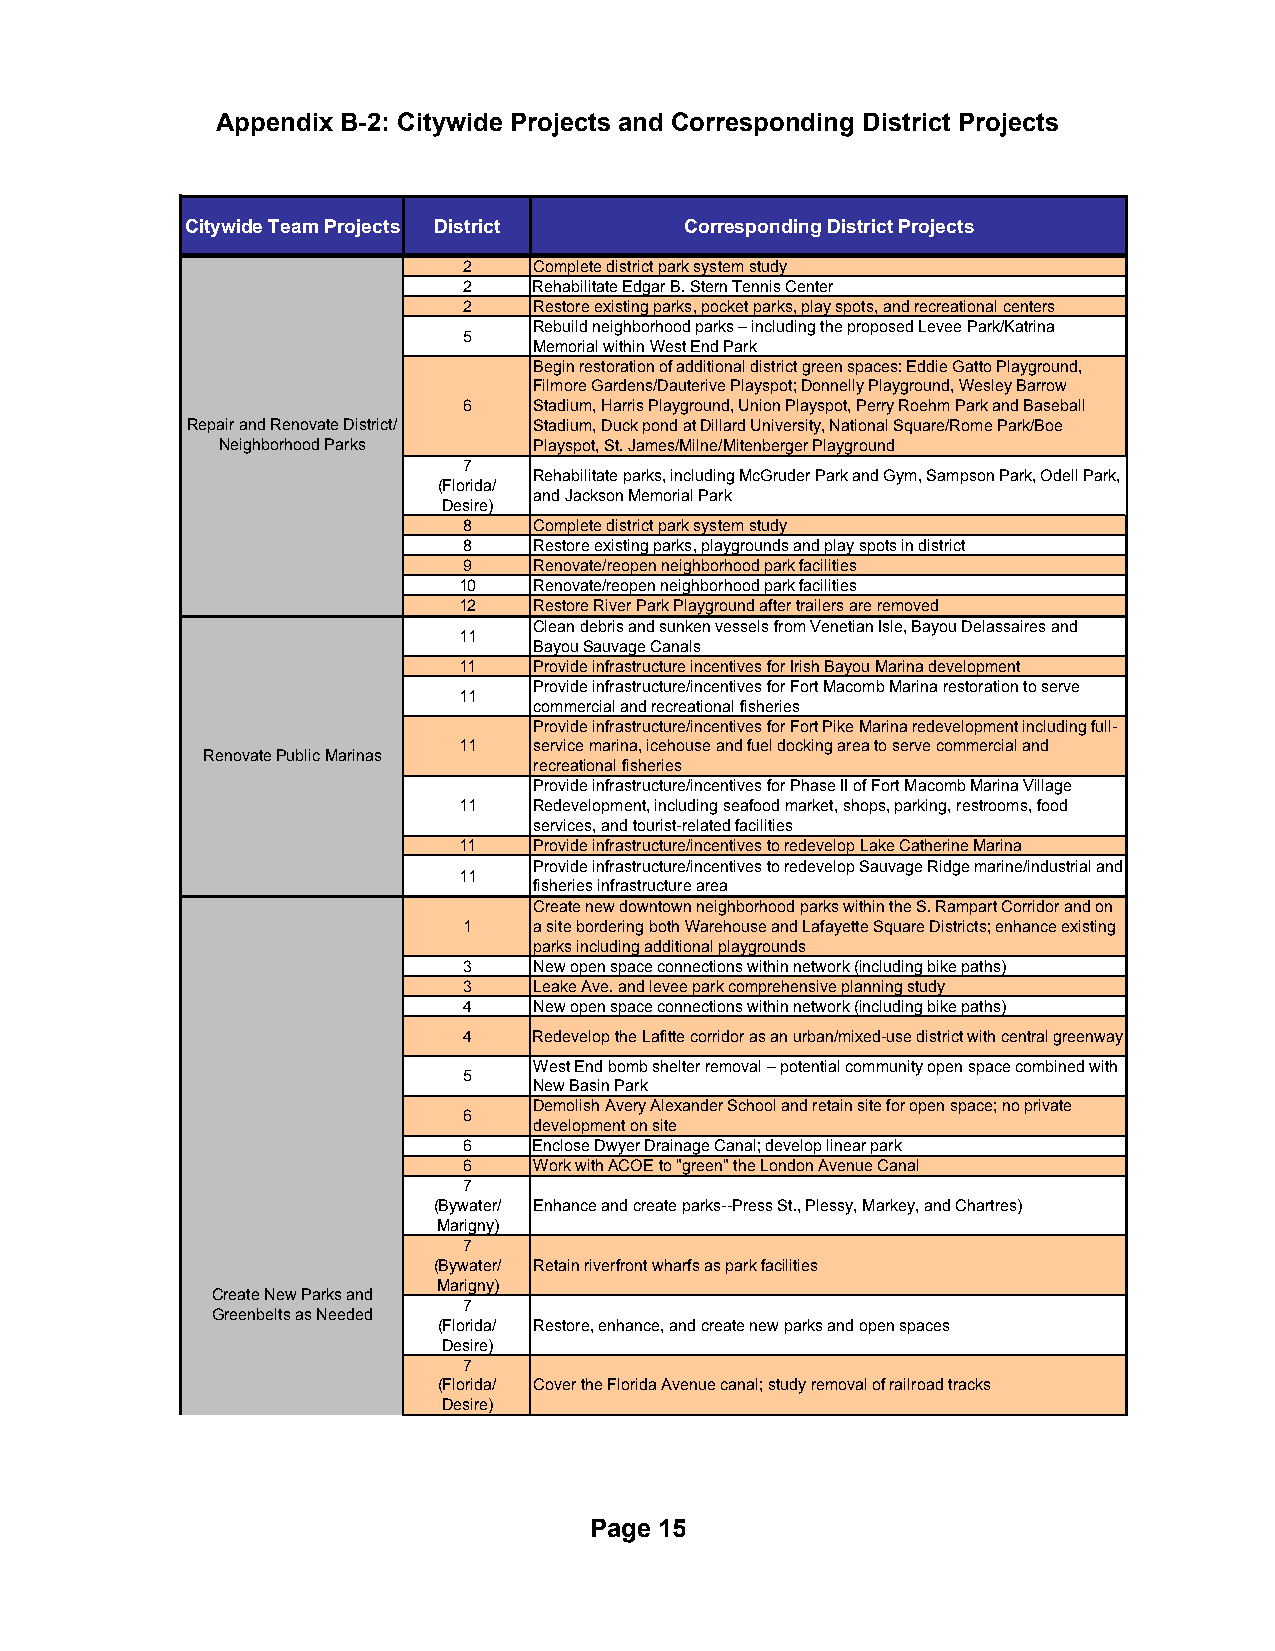
Appendix B-2: Citywide Projects and Corresponding District Projects
 Citywide Team Projects District  Corresponding District Projects
 2   Complete district park system study
 2   Rehabilitate Edgar B. Stern Tennis Center
 2   Restore existing parks, pocket parks, play spots, and recreational centers
 Rebuild neighborhood parks – including the proposed Levee Park/Katrina
 5
 Memorial within West End Park
 Begin restoration of additional district green spaces: Eddie Gatto Playground,
 Filmore Gardens/Dauterive Playspot; Donnelly Playground, Wesley Barrow
 6   Stadium, Harris Playground, Union Playspot, Perry Roehm Park and Baseball
 Repair and Renovate District/ Stadium, Duck pond at Dillard University, National Square/Rome Park/Boe
 Neighborhood Parks  Playspot, St. James/Milne/Mitenberger Playground
 7
 Rehabilitate parks, including McGruder Park and Gym, Sampson Park, Odell Park,
 (Florida/
 and Jackson Memorial Park
 Desire)
 8   Complete district park system study
 8   Restore existing parks, playgrounds and play spots in district
 9   Renovate/reopen neighborhood park facilities
 10   Renovate/reopen neighborhood park facilities
 12   Restore River Park Playground after trailers are removed
 Clean debris and sunken vessels from Venetian Isle, Bayou Delassaires and
 11
 Bayou Sauvage Canals
 11   Provide infrastructure incentives for Irish Bayou Marina development
 Provide infrastructure/incentives for Fort Macomb Marina restoration to serve
 11
 commercial and recreational fisheries
 Provide infrastructure/incentives for Fort Pike Marina redevelopment including full-
 11   service marina, icehouse and fuel docking area to serve commercial and
 Renovate Public Marinas
 recreational fisheries
 Provide infrastructure/incentives for Phase II of Fort Macomb Marina Village
 11   Redevelopment, including seafood market, shops, parking, restrooms, food
 services, and tourist-related facilities
 11   Provide infrastructure/incentives to redevelop Lake Catherine Marina
 Provide infrastructure/incentives to redevelop Sauvage Ridge marine/industrial and
 11
 fisheries infrastructure area
 Create new downtown neighborhood parks within the S. Rampart Corridor and on
 1   a site bordering both Warehouse and Lafayette Square Districts; enhance existing
 parks including additional playgrounds
 3   New open space connections within network (including bike paths)
 3   Leake Ave. and levee park comprehensive planning study
 4   New open space connections within network (including bike paths)
 4   Redevelop the Lafitte corridor as an urban/mixed-use district with central greenway
 West End bomb shelter removal – potential community open space combined with
 5
 New Basin Park
 Demolish Avery Alexander School and retain site for open space; no private
 6
 development on site
 6   Enclose Dwyer Drainage Canal; develop linear park
 6   Work with ACOE to "green" the London Avenue Canal
 7
 (Bywater/ Enhance and create parks--Press St., Plessy, Markey, and Chartres)
 Marigny)
 7
 (Bywater/ Retain riverfront wharfs as park facilities
 Marigny)
 Create New Parks and
 7
 Greenbelts as Needed
 (Florida/ Restore, enhance, and create new parks and open spaces
 Desire)
 7
 (Florida/ Cover the Florida Avenue canal; study removal of railroad tracks
 Desire)
 Page 15